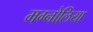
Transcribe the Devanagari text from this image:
मग्नोलिया